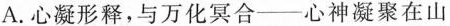
A. 心凝形释，与万化冥合——心神凝聚在山